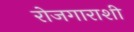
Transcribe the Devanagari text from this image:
रोजगाराशी